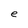
Character: e